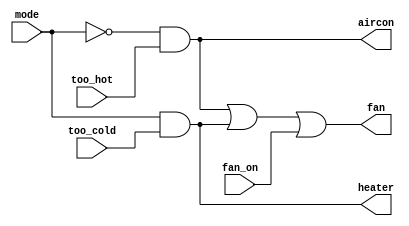
module top_module (
    input too_cold,
    input too_hot,
    input mode,
    input fan_on,
    output heater,
    output aircon,
    output fan
); 
    always @(*) begin
        heater=mode&&too_cold;
        aircon=(~mode)&&too_hot;
        fan=aircon||heater||fan_on;
    end
endmodule